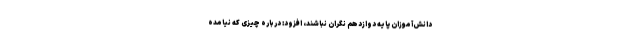
دانش‌آموزان پایه دوازدهم نگران نباشند، افزود: درباره چیزی که نیامده